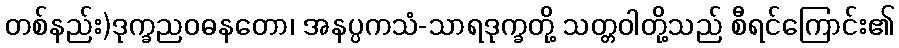
တစ်နည်း)ဒုက္ခညဝဓနတော၊ အနပ္ပကသံ-သာရဒုက္ခတို့ သတ္တဝါတို့သည် စီရင်ကြောင်း၏